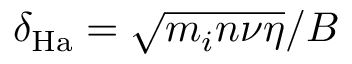
\delta _ { \mathrm { H a } } = { \sqrt { m _ { i } n \nu \eta } } / { B }